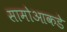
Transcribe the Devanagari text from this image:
सामोआकडे